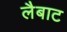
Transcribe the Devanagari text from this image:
लैबाट